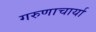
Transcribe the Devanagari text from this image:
गरुणाचार्या